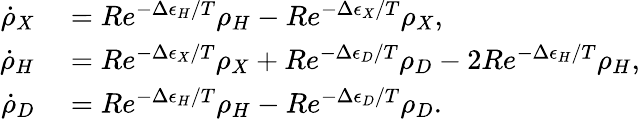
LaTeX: \begin{array}{rl}{\dot{\rho}_{X}}&{{}=Re^{-\Delta\epsilon_{H}/T}\rho_{H}-Re^{-\Delta\epsilon_{X}/T}\rho_{X},}\\ {\dot{\rho}_{H}}&{{}=Re^{-\Delta\epsilon_{X}/T}\rho_{X}+Re^{-\Delta\epsilon_{D}/T}\rho_{D}-2Re^{-\Delta\epsilon_{H}/T}\rho_{H},}\\ {\dot{\rho}_{D}}&{{}=Re^{-\Delta\epsilon_{H}/T}\rho_{H}-Re^{-\Delta\epsilon_{D}/T}\rho_{D}.}\end{array}